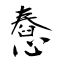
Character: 憃